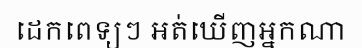
ដេកពេទ្យៗ អត់ឃើញអ្នកណា